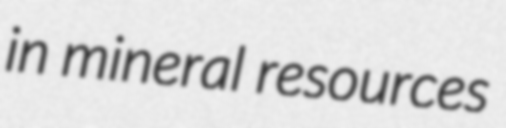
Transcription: in mineral resources